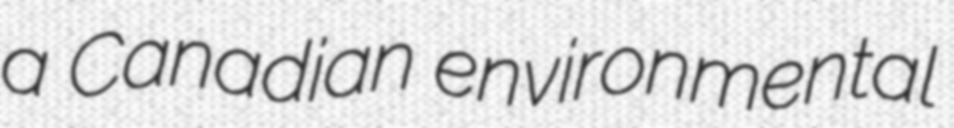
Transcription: a Canadian environmental